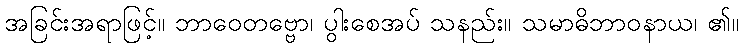
အခြင်းအရာဖြင့်။ ဘာဝေတဗ္ဗော၊ ပွါးစေအပ် သနည်း။ သမာဓိဘာဝနာယ၊ ၏။